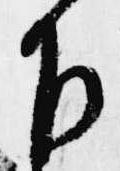
下